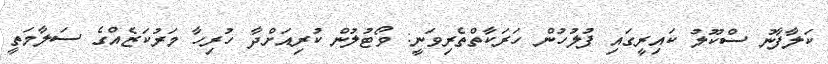
ކަލާފާނު ސްކޫލު ކައިރީގައި ފުލުހުން ހަރަކާތްތެރިވަނީ: ވޯޓުލުން ކުރިއަށްދާ ހުރިހާ މަރުކަޒެއްގެ ސަލާމަތީ